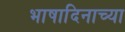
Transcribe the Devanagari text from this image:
भाषादिनाच्या